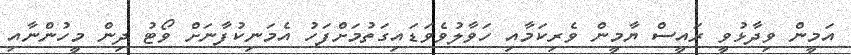
އަމީން ވިދާޅުވީ ރައީސް ޔާމީން ވެރިކަމާއި ހަވާލުވެވަޑައިގަތުމަށްފަހު އެމަނިކުފާނަށް ވޯޓު ދިން މީހުންނާއި